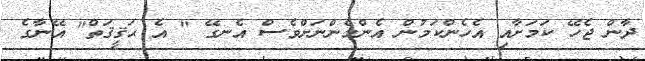
ދާން ޖެހޭ ކަމަށާއި އެހެންކަމުން އެންމެންނަށްވެސް އެނގޭ " އެ ޙަޤީޤަތް" އޭނާގެ